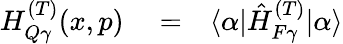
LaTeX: \begin{array}{rlr}{H_{Q\gamma}^{(T)}(x,p)}&{{}=}&{\langle\alpha|\hat{H}_{F\gamma}^{(T)}|\alpha\rangle}\end{array}